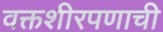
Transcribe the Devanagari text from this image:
वक्तशीरपणाची